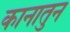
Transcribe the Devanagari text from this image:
कानातुन